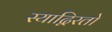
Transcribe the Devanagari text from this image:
स्याद्विरतो